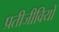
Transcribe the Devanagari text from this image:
प्रतीजीवियों